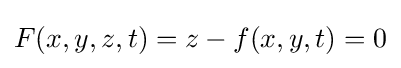
F(x,y,z,t)=z-f(x,y,t)=0